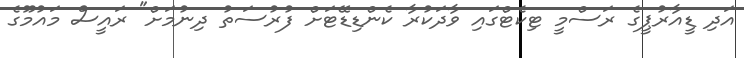
އަދި ޑީއާރުޕީގެ ރަސްމީ ޓިކެޓްގައި ވާދަކުރާ ކެންޑިޑޭޓަށް ފުރުސަތު ދިނުމަށް" ރައީސް މައުމޫގެ